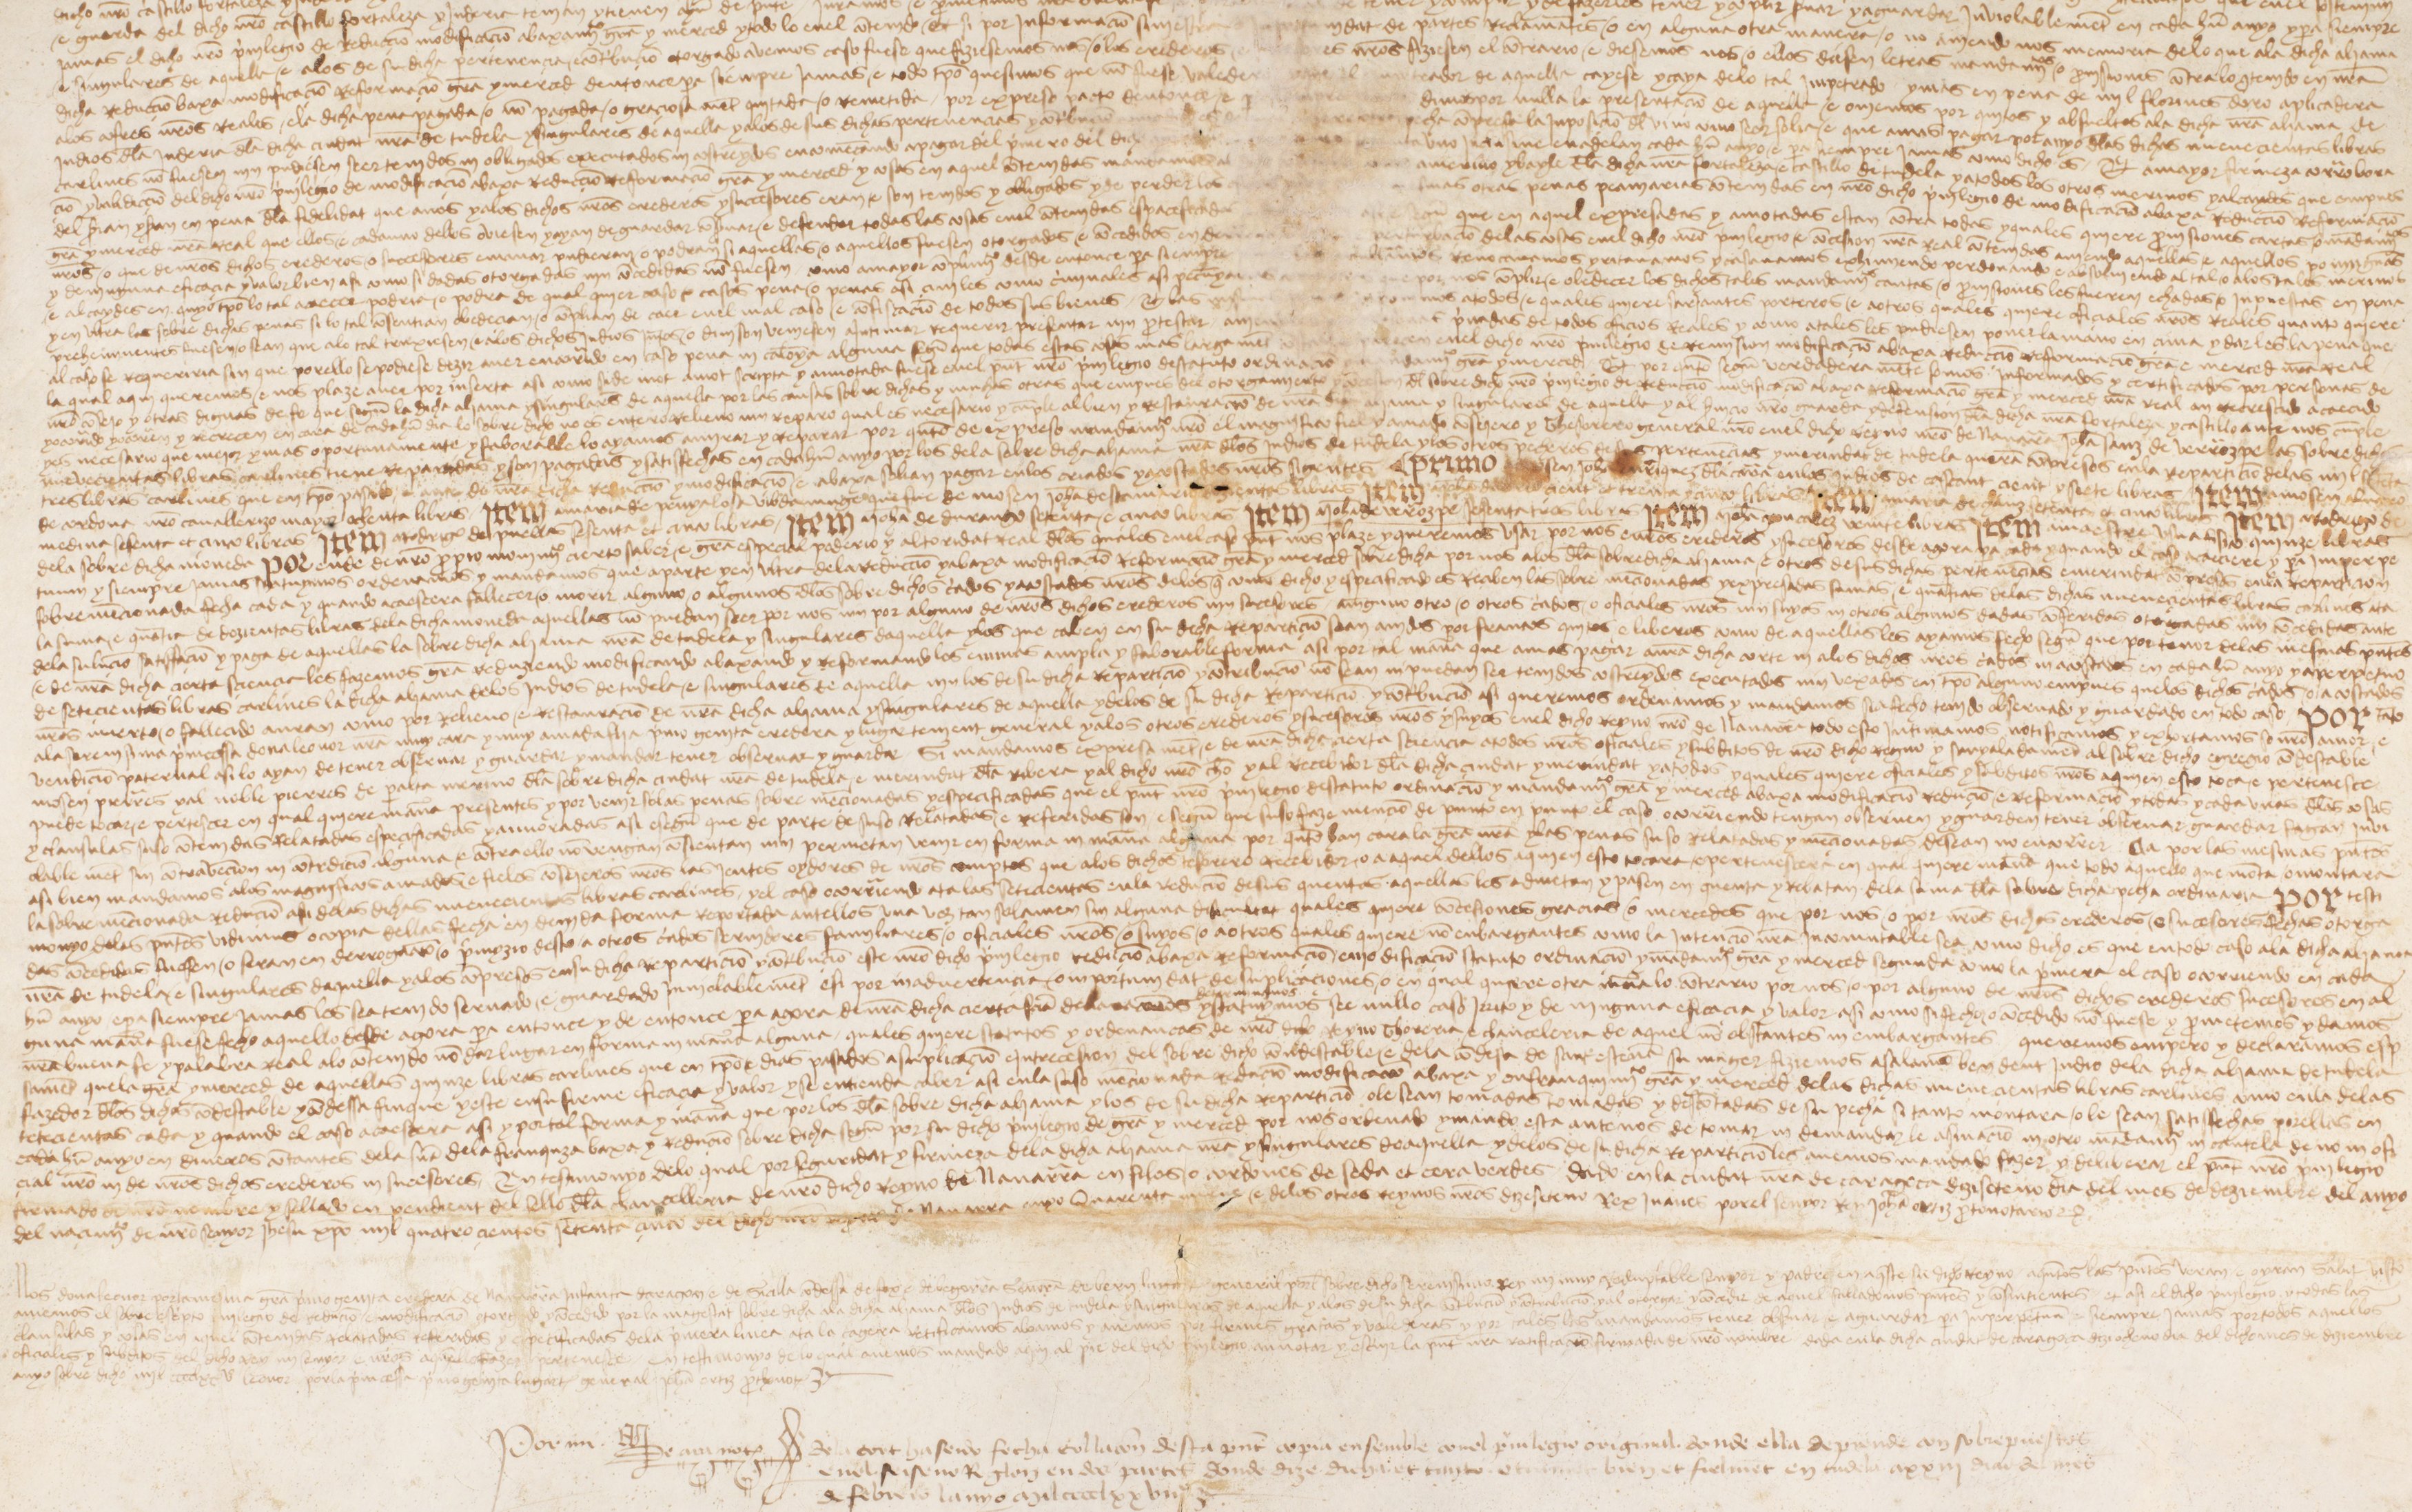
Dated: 1475–1475